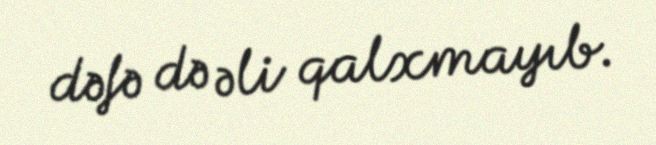
dəfə də əli qalxmayıb.